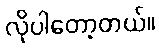
လိုပါတော့တယ်။